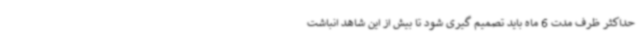
حداکثر ظرف مدت 6 ماه باید تصمیم گیری شود تا بیش از این شاهد انباشت